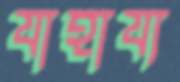
যাহায্য